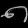
Digit: ၈